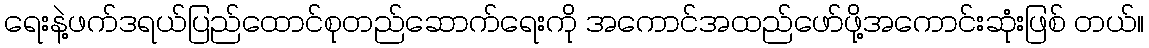
ရေးနဲ့ဖက်ဒရယ်ပြည်ထောင်စုတည်ဆောက်ရေးကို အကောင်အထည်ဖော်ဖို့အကောင်းဆုံးဖြစ် တယ်။